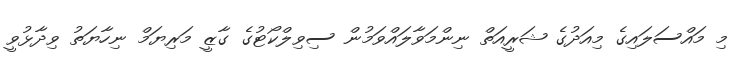
މި މައްސަލައިގެ މިއަދުގެ ޝަރީއަތް ނިންމަވާލައްވަމުން ސިވިލްކޯޓުގެ ގާޒީ މަރިޔަމް ނިހާޔަތު ވިދާޅުވީ